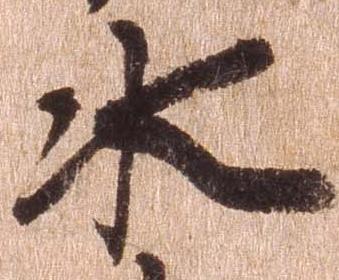
水